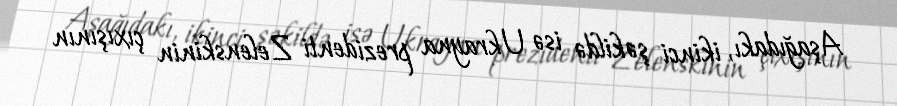
Aşağıdakı, ikinci şəkildə isə Ukrayna prezidenti Zelenskinin çıxışının